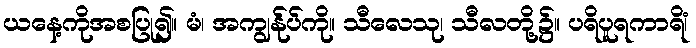
ယနေ့ကိုအစပြု၍။ မံ၊ အကျွန်ုပ်ကို။ သီလေသု၊ သီလတို့၌။ ပရိပူရကာရိံ၊